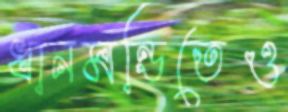
ধানমন্ডিতেও